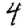
Digit: 4